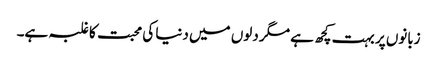
زبانوں پر بہت کچھ ہے مگر دلوں میں دنیا کی محبت کا غلبہ ہے۔